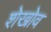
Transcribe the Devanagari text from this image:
शेखोव